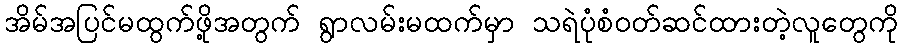
အိမ်အပြင်မထွက်ဖို့အတွက် ရွာလမ်းမထက်မှာ သရဲပုံစံဝတ်ဆင်ထားတဲ့လူတွေကို